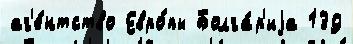
аг'е́нтство Евро́пы Болга́р'иjа 139